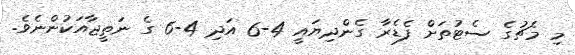
މި މެޗުގެ ސެޓުތަށް ފެޑެރާ ގެންދިޔައީ 4-6 އަދި 4-6 ގެ ނަތީޖާއަކުންނެވެ.